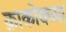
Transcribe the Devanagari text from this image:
क्राकोवच्या